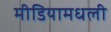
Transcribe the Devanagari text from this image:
मीडियामधली